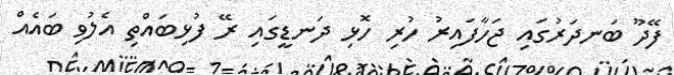
ފޭދޫ ބަނދަރުގައި ޖަހާފައިރު ހުރި ހޮޅި ދަނޑީގައި ރޭ ފުޅިބައްތި އެލުވި ބައެއް